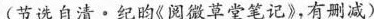
(节选自清 \cdot 纪昀《阅微草堂笔记》，有删减)